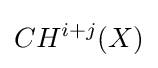
CH^{i+j}(X)